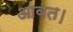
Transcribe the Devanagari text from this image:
आवत।